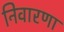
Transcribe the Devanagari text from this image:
निवारणा